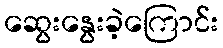
ဆွေးနွေးခဲ့ကြောင်း